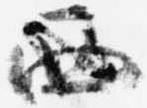
西